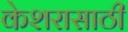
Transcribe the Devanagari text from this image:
केशरासाठी